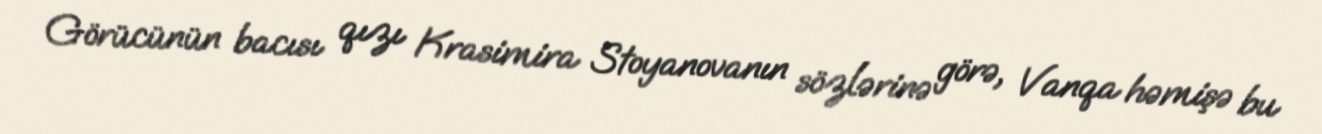
Görücünün bacısı qızı Krasimira Stoyanovanın sözlərinə görə, Vanqa həmişə bu